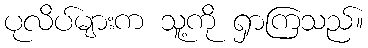
ပုလိပ်များက သူ့ကို ရှာကြသည်။